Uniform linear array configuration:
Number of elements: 12
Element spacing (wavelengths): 0.25
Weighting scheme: binomial
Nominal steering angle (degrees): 15
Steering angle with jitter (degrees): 15.022
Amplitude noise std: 0.05
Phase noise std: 0.05

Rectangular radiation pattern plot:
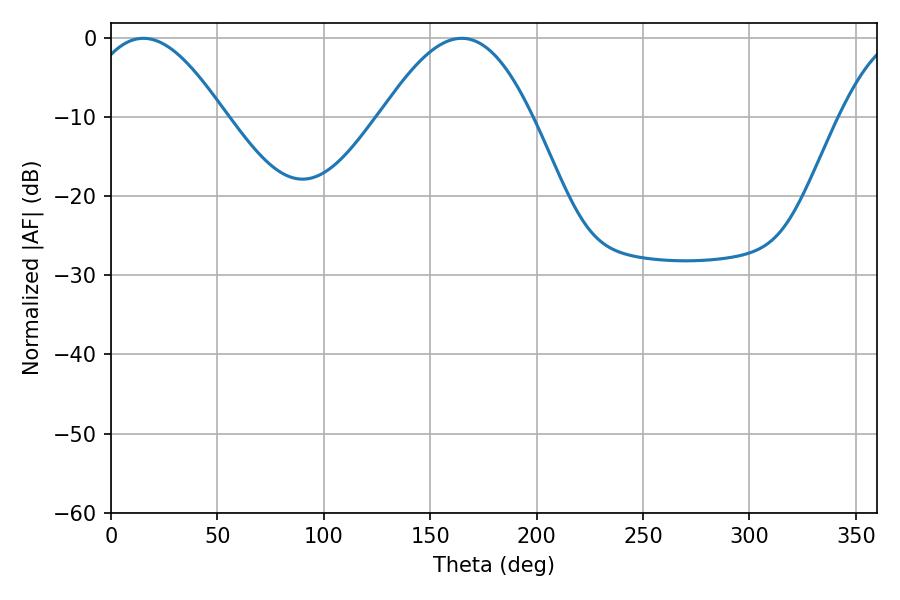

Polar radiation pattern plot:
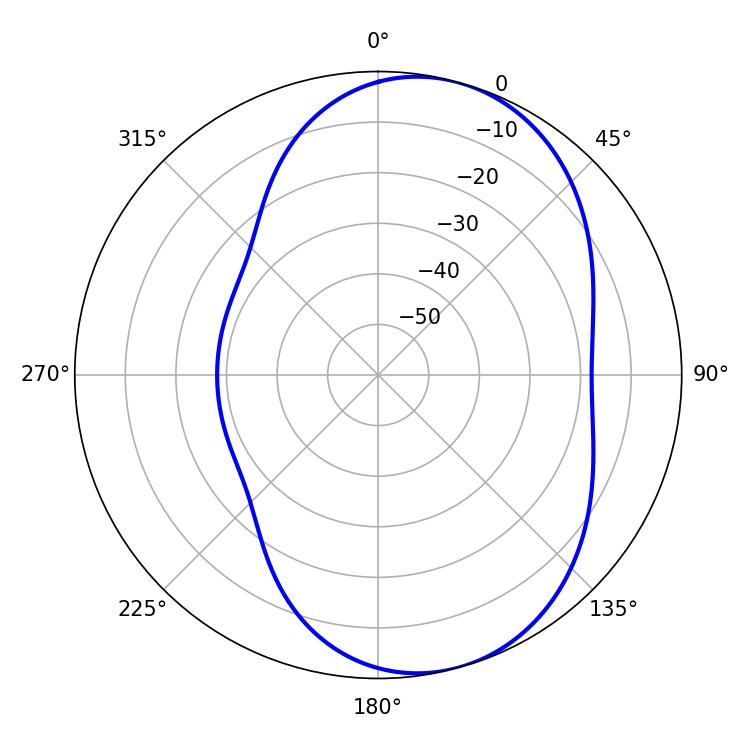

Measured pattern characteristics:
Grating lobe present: FALSE
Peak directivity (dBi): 6.739
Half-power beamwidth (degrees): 35.28
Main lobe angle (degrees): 15.12